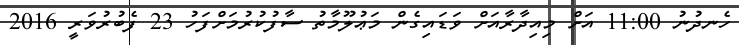
ހެނދުނު 11:00 އަށް މިއިދާރާއަށް ވަޑައިގެން މަޢުލޫމާތު ސާފުކުރުމަށްފަހު 23 ފެބުރުވަރީ 2016